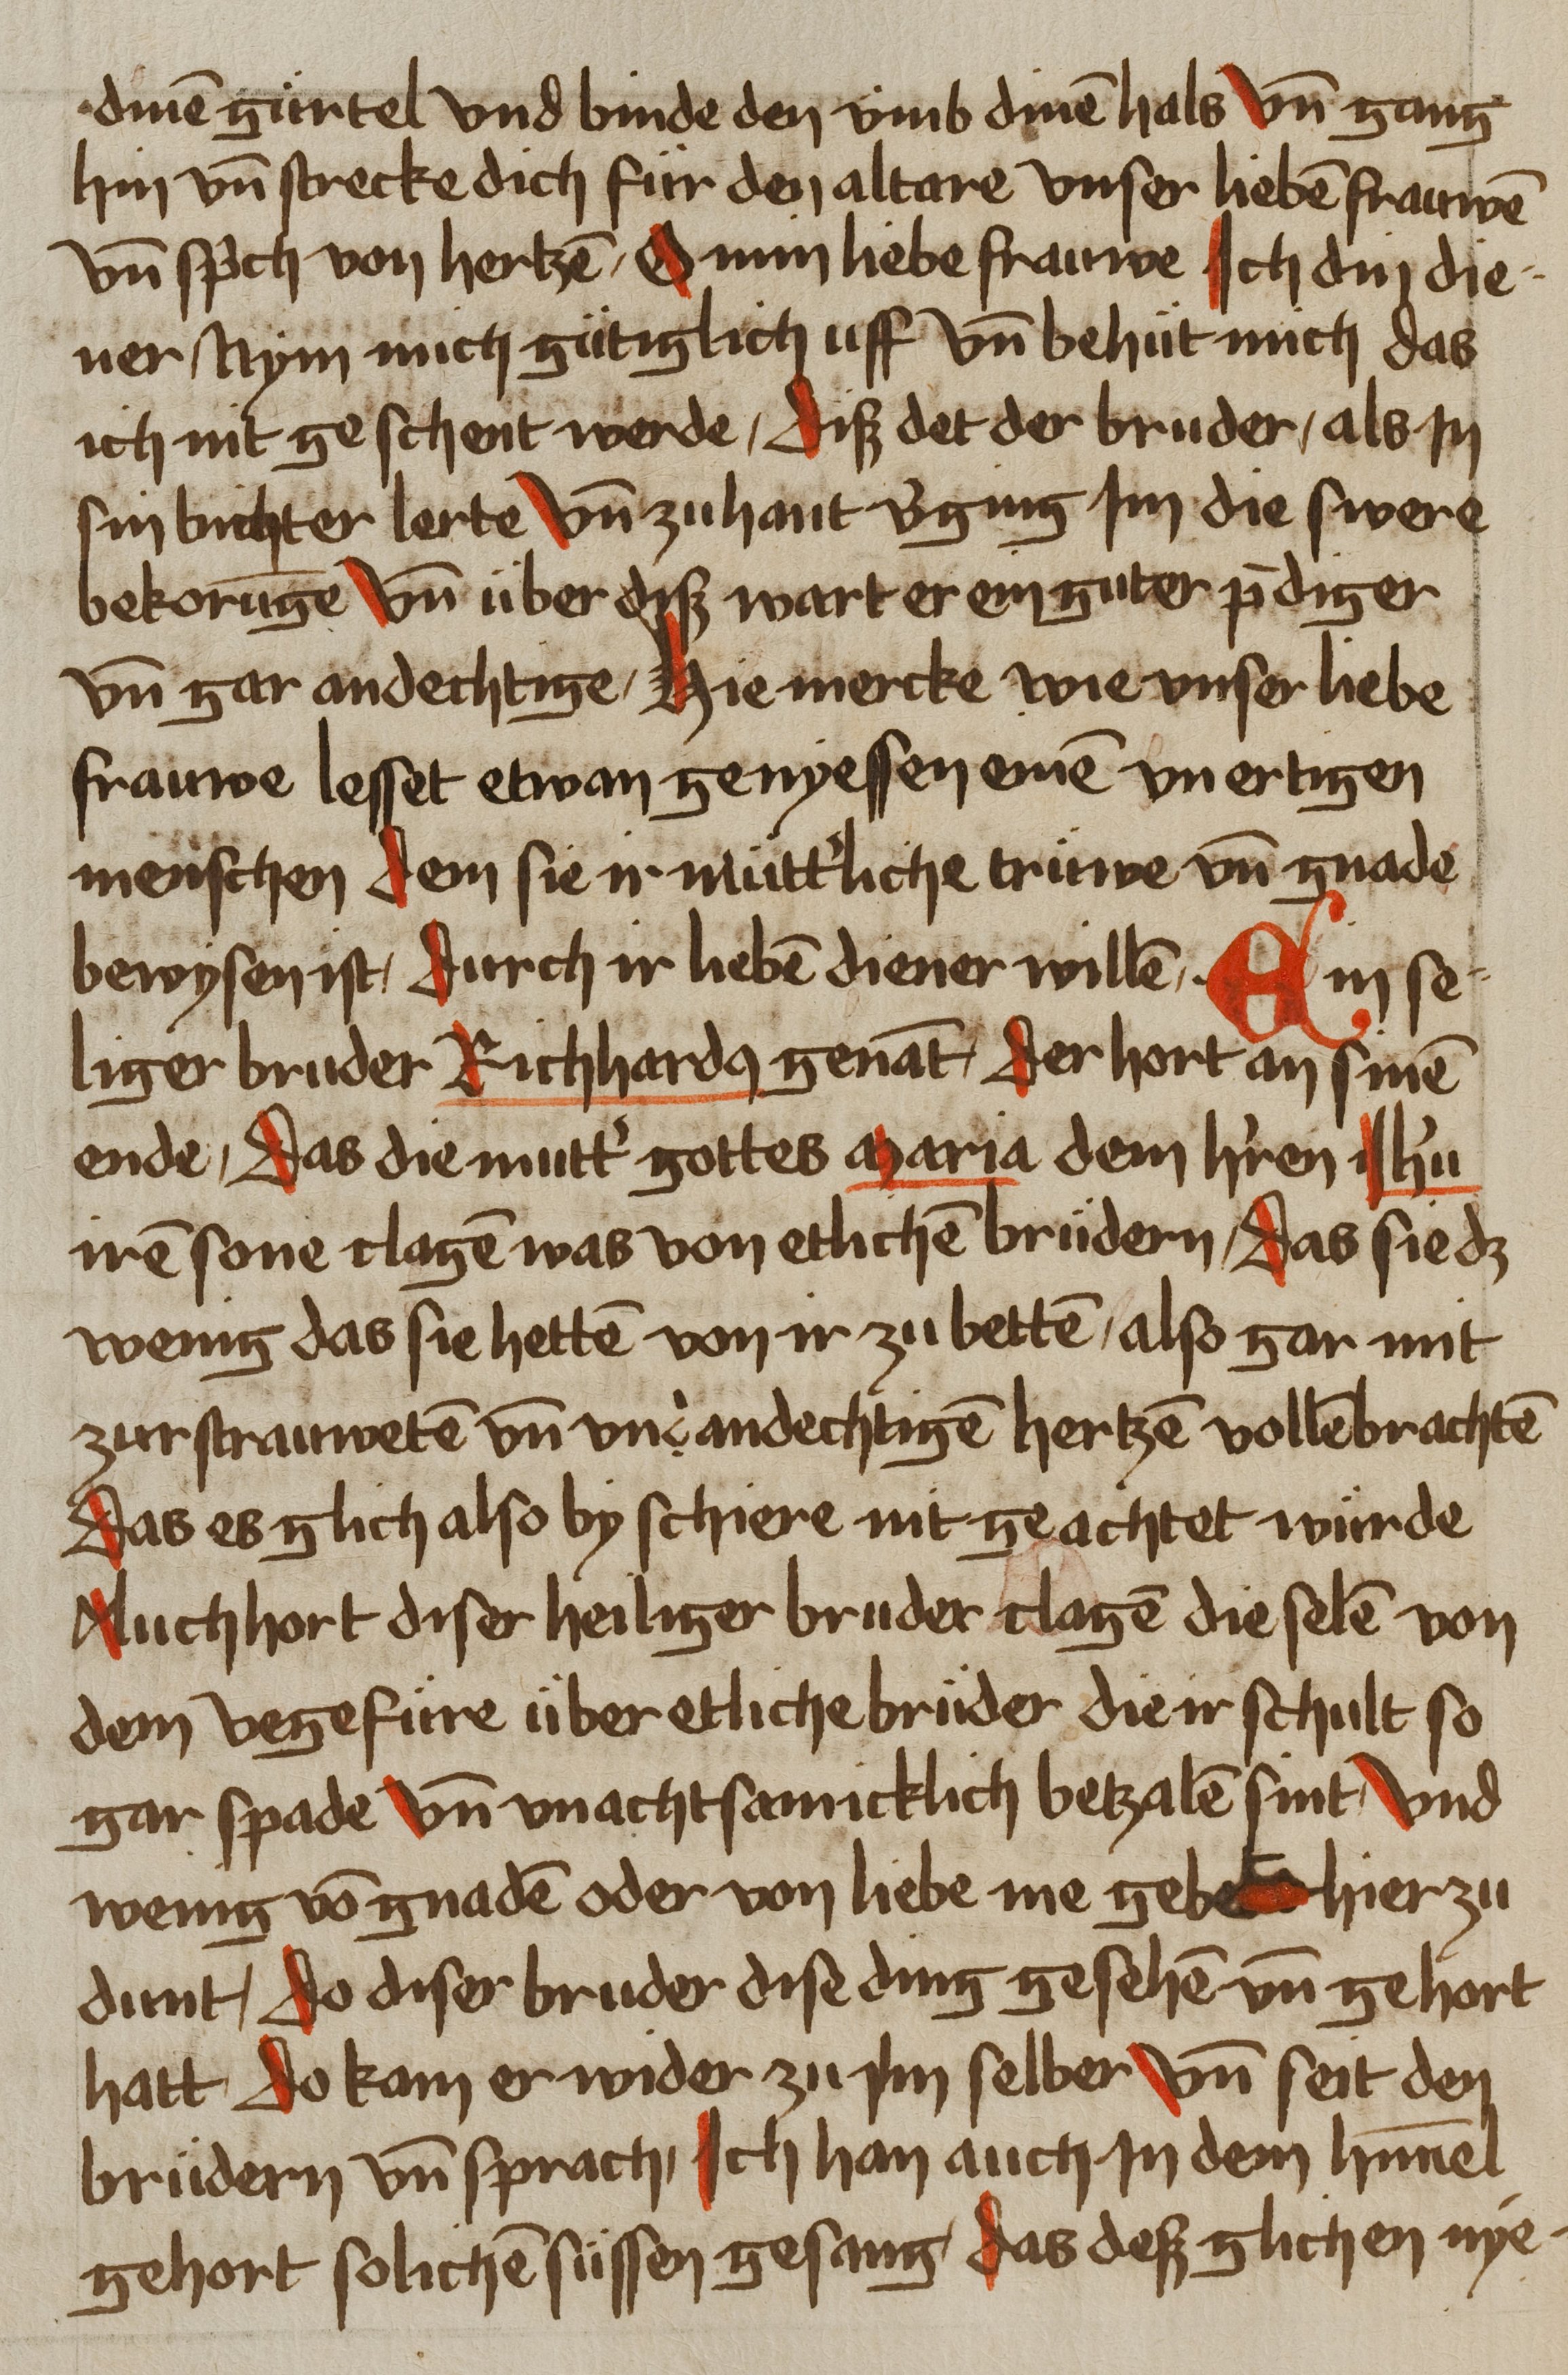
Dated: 1459–1489